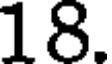
18.